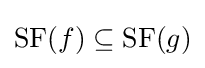
\operatorname {SF} (f)\subseteq \operatorname {SF} (g)